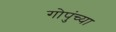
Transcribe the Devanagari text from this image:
गोपुंच्या